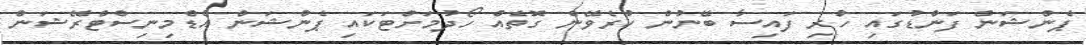
ޕެންޝަން ފަންޑުގައި ހުރި ފައިސާ ބޭނުން ކުރެވޭނެ ގޮތެއް ހޯދުމަށްޓަކައި ޕެންޝަން އެޑްމިނިސްޓްރޭޝަން